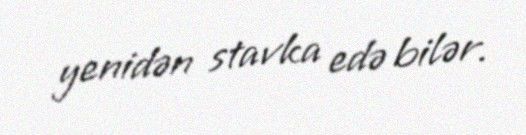
yenidən stavka edə bilər.